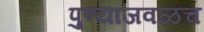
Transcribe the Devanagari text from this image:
पुण्याजवळच